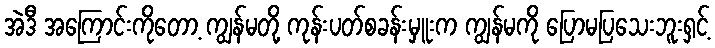
အဲဒီ အကြောင်းကိုတော့ ကျွန်မတို့ ကုန်းပတ်စခန်းမှူးက ကျွန်မကို ပြောမပြသေးဘူးရှင့်